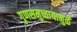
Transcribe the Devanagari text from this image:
गुणसमुच्चायामुळें